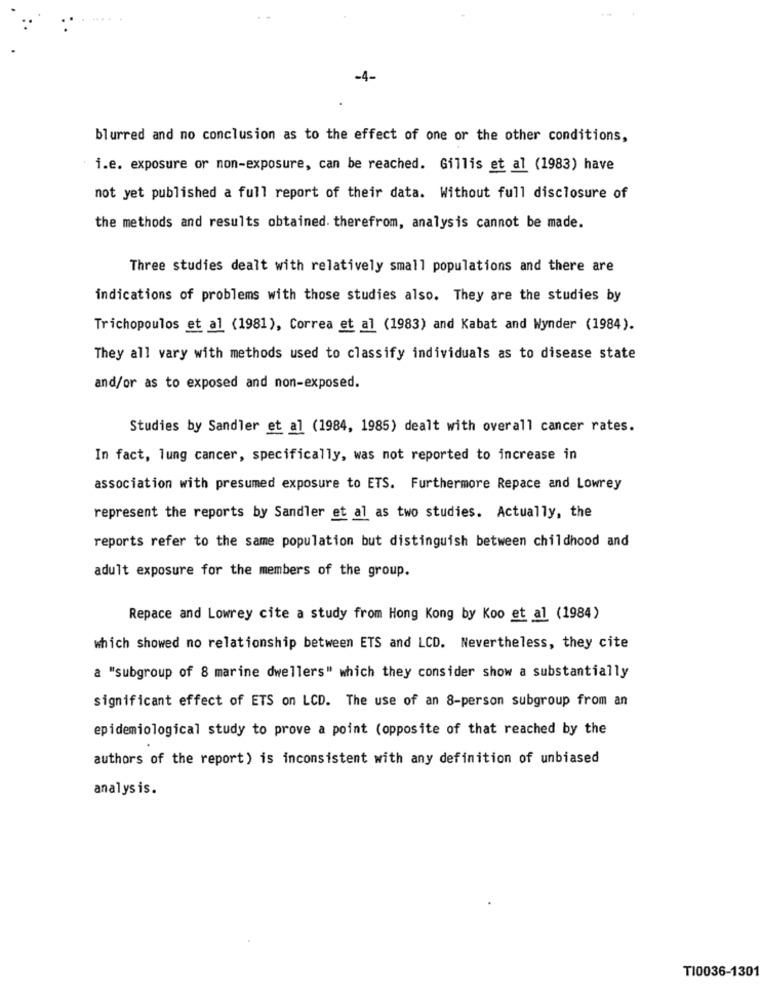
-4-
blurred and no conclusion as to the effect of one or the other conditions,
i.e. exposure or non-exposure, can be reached. Gillis et al (1983) have
not yet published a full report of their data. Without full disclosure of
the methods and results obtained. therefrom, analysis cannot be made.
Three studies dealt with relatively small populations and there are
indications of problems with those studies also. They are the studies by
Trichopoulos et al (1981), Correa et al (1983) and Kabat and Wynder (1984).
They all vary with methods used to classify individuals as to disease state
and/or as to exposed and non-exposed.
Studies by Sandler et al (1984, 1985) dealt with overall cancer rates.
In fact, lung cancer, specifically, was not reported to increase in
association with presumed exposure to ETS. Furthermore Repace and Lowrey
represent the reports by Sandler et al as two studies. Actually, the
reports refer to the same population but distinguish between childhood and
adult exposure for the members of the group.
Repace and Lowrey cite a study from Hong Kong by Koo et al (1984)
which showed no relationship between ETS and LCD. Nevertheless, they cite
a "subgroup of 8 marine dwellers" which they consider show a substantially
significant effect of ETS on LCD. The use of an 8-person subgroup from an
epidemiological study to prove a point (opposite of that reached by the
authors of the report) is inconsistent with any definition of unbiased
analysis.
T10036-1301